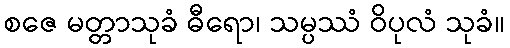
စဇေ မတ္တာသုခံ ဓီရော၊ သမ္ပဿံ ဝိပုလံ သုခံ။